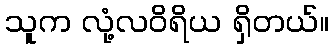
သူက လုံ့လဝိရိယ ရှိတယ်။